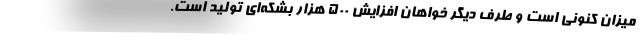
میزان کنونی است و طرف دیگر خواهان افزایش ۵۰۰ هزار بشکه‌ای تولید است.